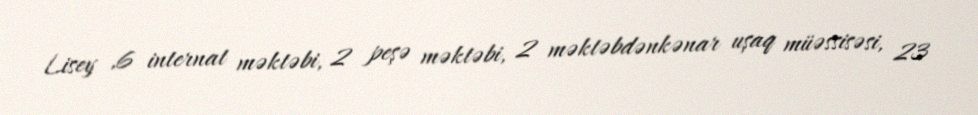
Lisey ,6 internat məktəbi, 2 peşə məktəbi, 2 məktəbdənkənar uşaq müəssisəsi, 23